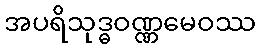
အပရိသုဒ္ဓဝဏ္ဏမေဝဿ